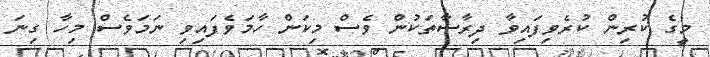
މީގެ ކުރިން ކުރެވިފައިވާ ދިރާސާތަކުން ވެސް މިކަން ހާމަވެފައިވި ނަމަވެސް މިހާ ގިނަ